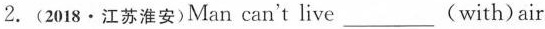
2.(2018·江苏淮安)